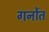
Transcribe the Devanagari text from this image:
गर्नोत